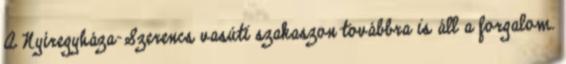
A Nyíregyháza-Szerencs vasúti szakaszon továbbra is áll a forgalom.